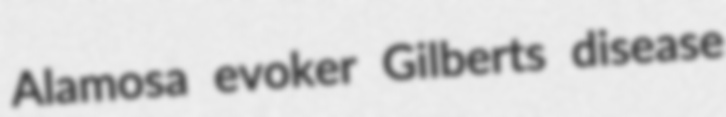
Alamosa evoker Gilberts disease